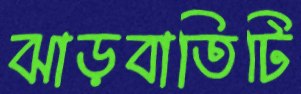
ঝাড়বাতিটি